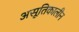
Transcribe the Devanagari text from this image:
असूतिकालीन